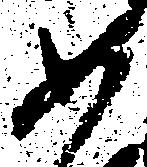
如